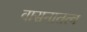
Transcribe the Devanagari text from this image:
वासनातत्व